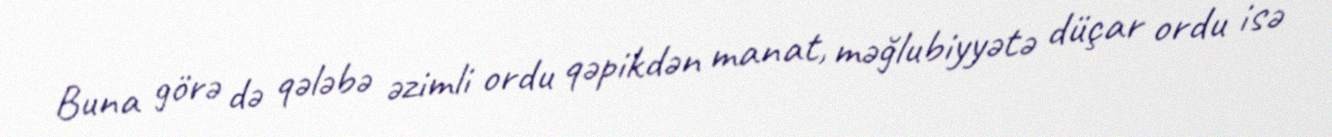
Buna görə də qələbə əzimli ordu qəpikdən manat, məğlubiyyətə düçar ordu isə